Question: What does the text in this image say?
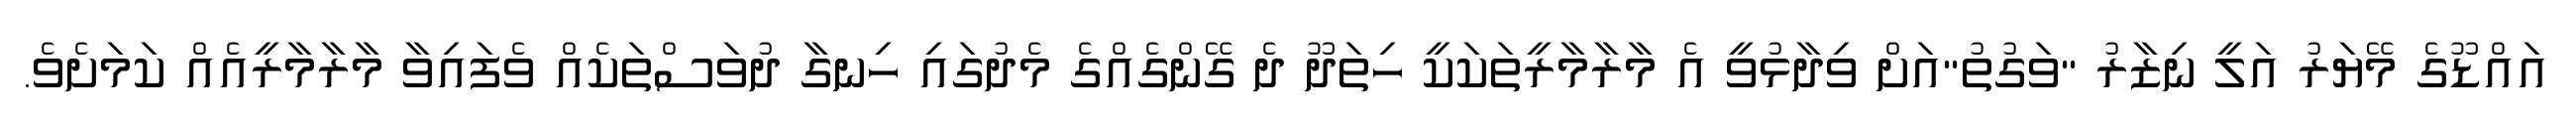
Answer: އައްޑޫގެ މޭޔަރު އަލީ ނިޒާރު "ވަގުތު"އަށް ވިދާޅުވީ އެ މާރާމާރީތަކަކީ ހިތަދޫ ދެ ގޭންގެއްގެ މެދުގައި ހިނގާ ދުވަސްތަކެއް ވެފައިވާ މާރާމާރީއެއް ކަމަށެވެ.